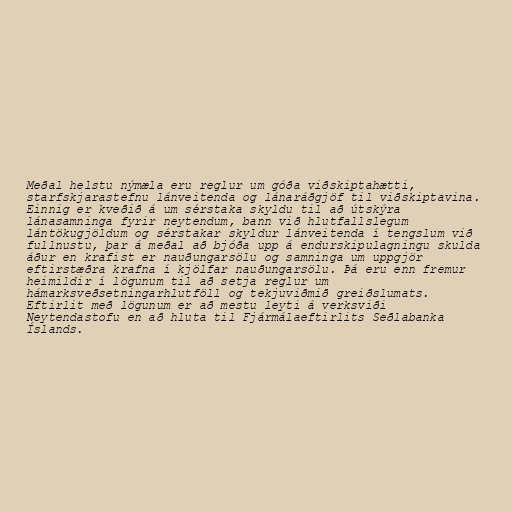
Meðal helstu nýmæla eru reglur um góða viðskiptahætti,
starfskjarastefnu lánveitenda og lánaráðgjöf til viðskiptavina.
Einnig er kveðið á um sérstaka skyldu til að útskýra
lánasamninga fyrir neytendum, bann við hlutfallslegum
lántökugjöldum og sérstakar skyldur lánveitenda í tengslum við
fullnustu, þar á meðal að bjóða upp á endurskipulagningu skulda
áður en krafist er nauðungarsölu og samninga um uppgjör
eftirstæðra krafna í kjölfar nauðungarsölu. Þá eru enn fremur
heimildir í lögunum til að setja reglur um
hámarksveðsetningarhlutföll og tekjuviðmið greiðslumats.
Eftirlit með lögunum er að mestu leyti á verksviði
Neytendastofu en að hluta til Fjármálaeftirlits Seðlabanka
Íslands.